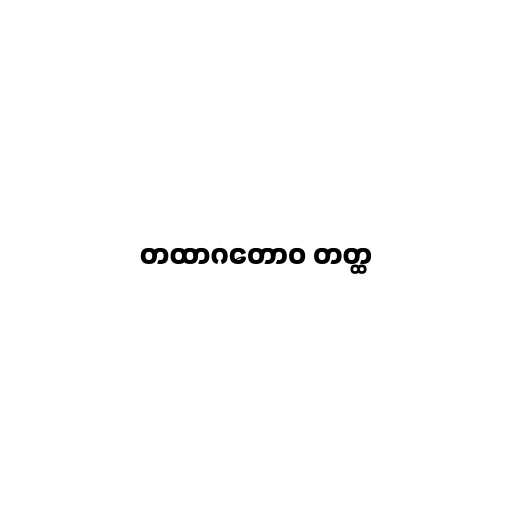
တထာဂတောဝ တတ္ထ